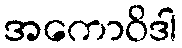
အကောဝိဒါ